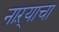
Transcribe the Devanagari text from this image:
नाऱ्याचा